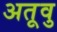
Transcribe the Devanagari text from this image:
अतूवु